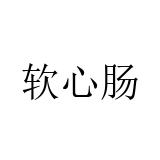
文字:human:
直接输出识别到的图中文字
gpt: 软心肠